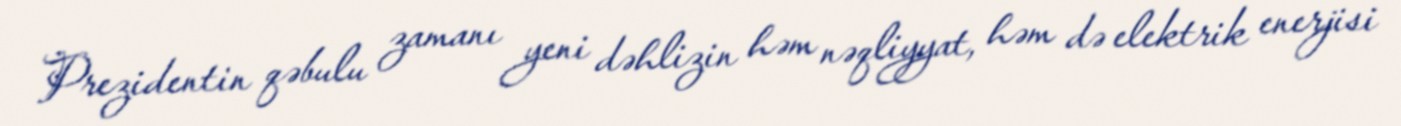
Prezidentin qəbulu zamanı yeni dəhlizin həm nəqliyyat, həm də elektrik enerjisi